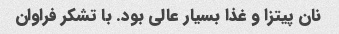
نان پیتزا و غذا بسیار عالی بود. با تشکر فراوان